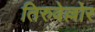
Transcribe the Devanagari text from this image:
तिरुवेल्लोर